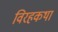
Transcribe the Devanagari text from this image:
विरहकथा